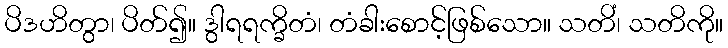
ပိဒဟိတွာ၊ ပိတ်၍။ ဒွါရရက္ခိတံ၊ တံခါးစောင့်ဖြစ်သော။ သတိံ၊ သတိကို။